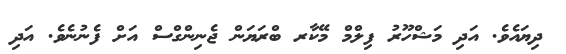
ދިޔައެވެ. އަދި މަޝްހޫރު ފިލްމް މޭކާރ ބްރަޔަން ޖެނިންގްސް އަށް ފެނުނެވެ. އަދި